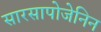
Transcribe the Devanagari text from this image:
सारसापोजेनिन